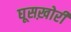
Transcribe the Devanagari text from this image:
घूसख़ोरी